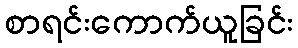
စာရင်းကောက်ယူခြင်း